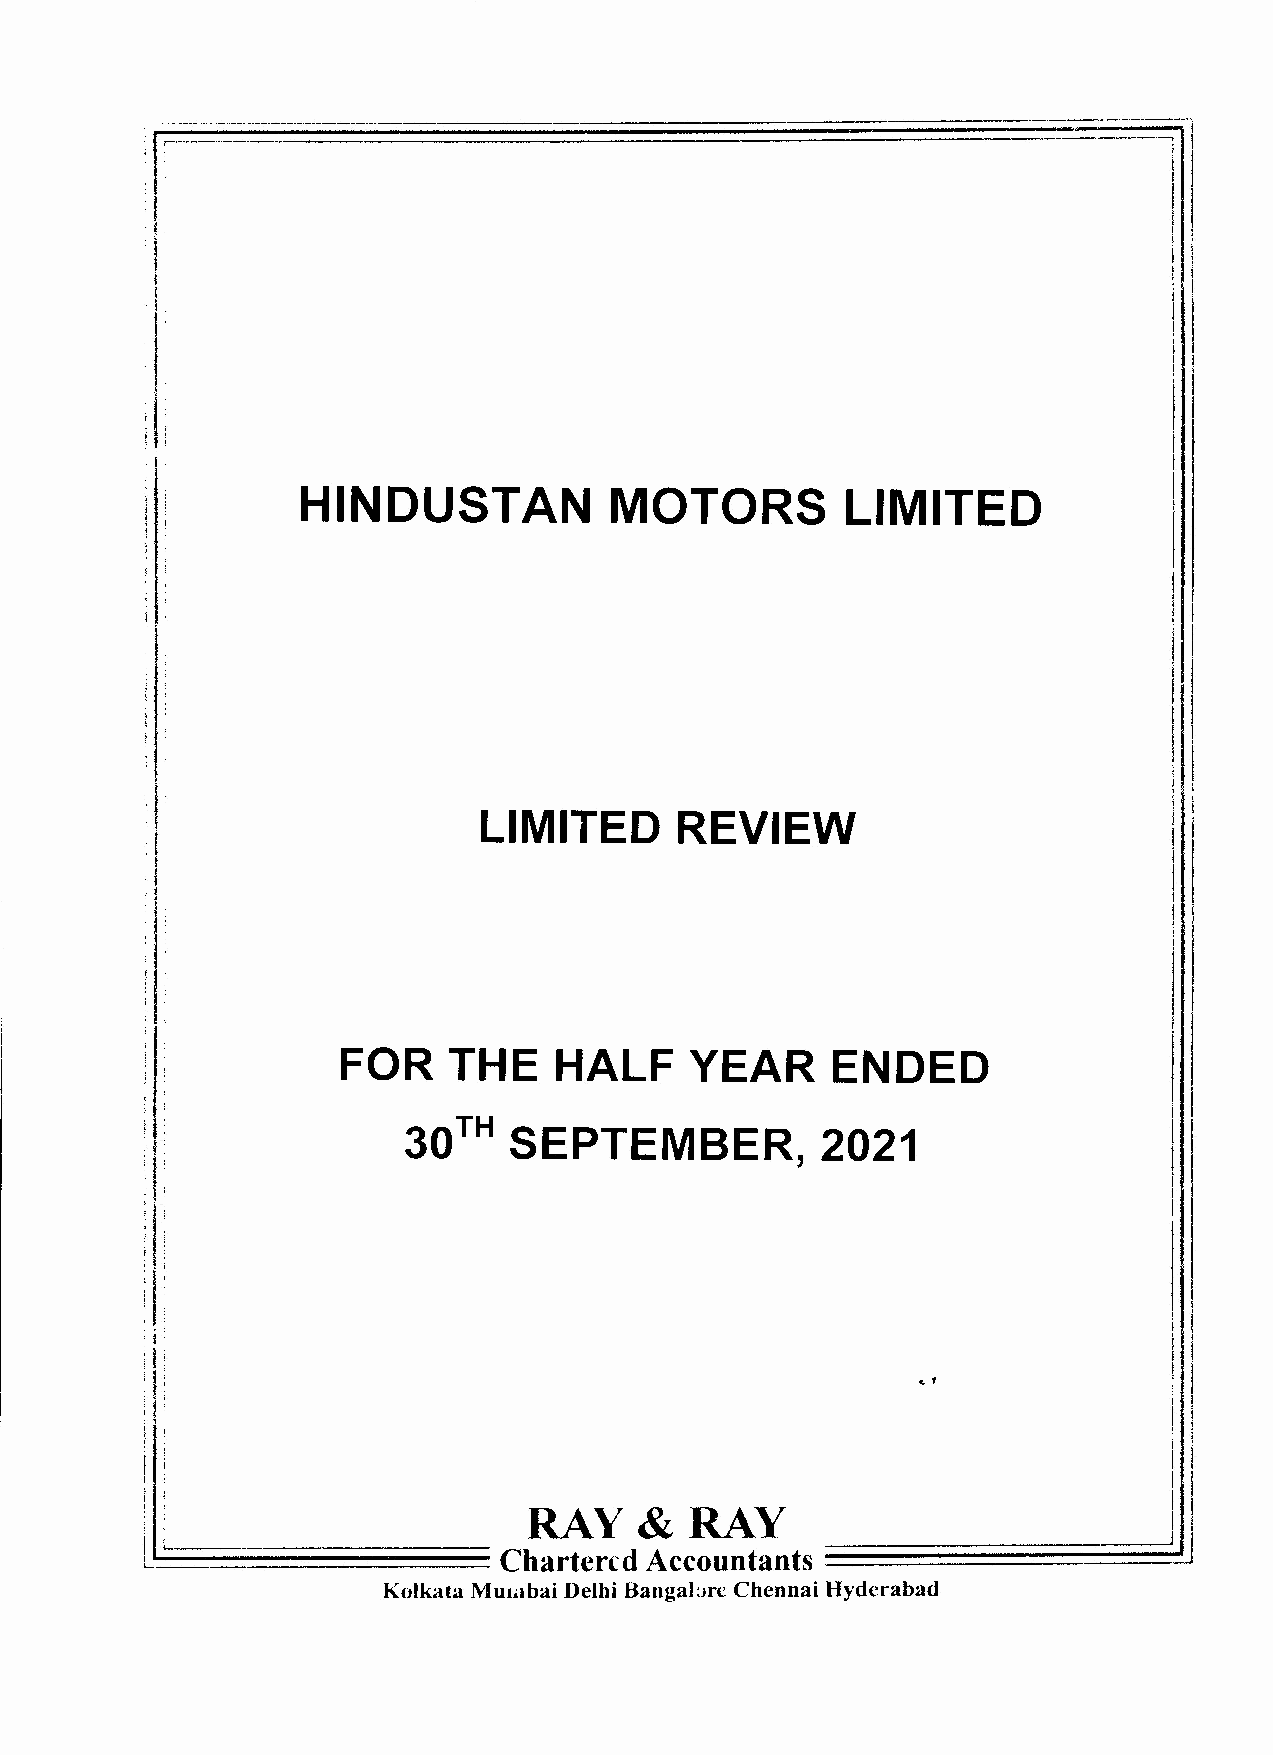
HINDUSTAN           MOTORS          LIMITED
 I
 LIMITED      REVIEW
 I
 FOR    THE    HALF     YEAR     ENDED
 I
 I
 TH
 30     SEPTEMBER,          2021                    I
 I
 I I
 .
 ,
 I
 i
 !
 RAY    &   RAY
 ~~~~~=                                     ~===============~
 U~;
 Chartered Accountants
 Kolkata Murabai Delhi Bangalore Chennai Hyderabad